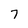
Character: 7